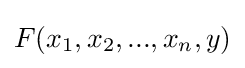
F(x_{1},x_{2},...,x_{n},y)